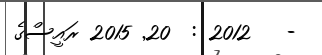
-   2012 :  20